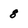
Character: 8